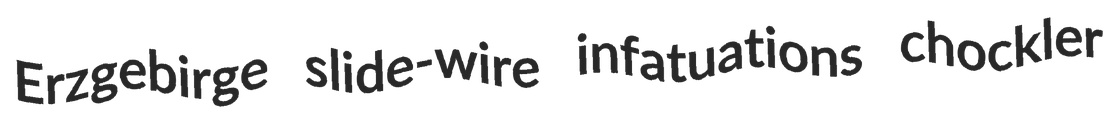
Erzgebirge slide-wire infatuations chockler